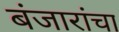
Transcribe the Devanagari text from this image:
बंजारांचा